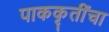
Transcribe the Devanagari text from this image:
पाककृतींचा